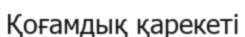
Қоғамдық қарекеті